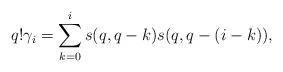
LaTeX: \begin{align*}q! \gamma_i = \sum_{k=0}^i s(q,q-k)s(q,q-(i-k)), \end{align*}